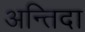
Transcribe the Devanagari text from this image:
अन्तिदा